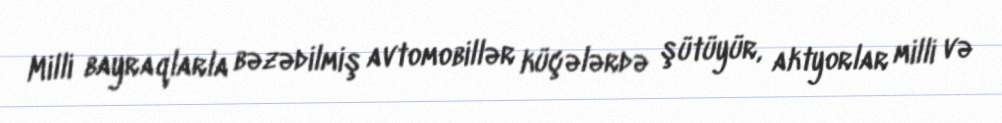
Milli bayraqlarla bəzədilmiş avtomobillər küçələrdə şütüyür, aktyorlar milli və